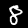
Digit: 8